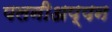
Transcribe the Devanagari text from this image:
पलनीअप्पन